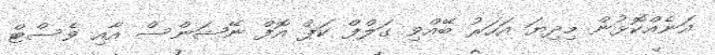
އަނެއްކޮޅުން މިދިޔަ އަހަރު ބޭއްވި ގަލްފް ކަޕް އޮފް ނޭޝަންސް އާއި ވެސްޓް